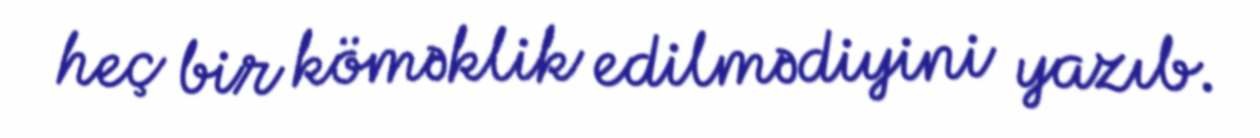
heç bir köməklik edilmədiyini yazıb.